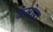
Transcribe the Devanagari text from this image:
कैमोरा